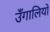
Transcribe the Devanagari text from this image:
उँगालियों